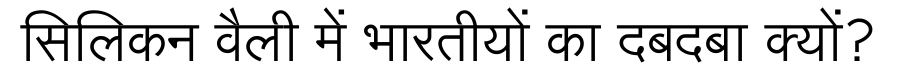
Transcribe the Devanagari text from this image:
सिलिकन वैली में भारतीयों का दबदबा क्यों?